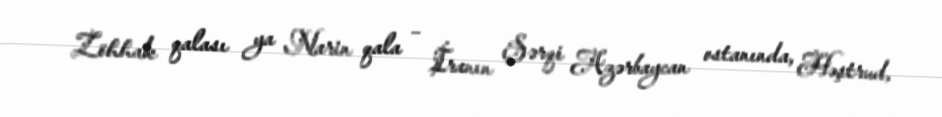
Zöhhak qalası ya Narin qala – İranın Şərqi Azərbaycan ostanında, Həştrud,